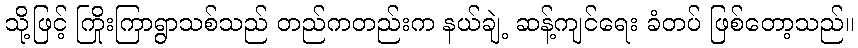
သို့ဖြင့် ကြိုးကြာရွာသစ်သည် တည်ကတည်းက နယ်ချဲ့ ဆန့်ကျင်ရေး ခံတပ် ဖြစ်တော့သည်။